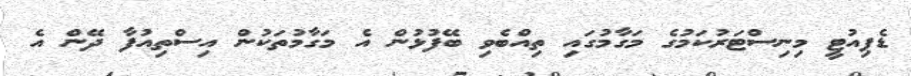
ޑެޕިއުޓީ މިނިސްޓަރުކަމުގެ މަގާމުގައި ތިއްބެވި ބޭފުޅުން އެ މަގާމުތަކުން އިސްތިއުފާ ދޭން އެ